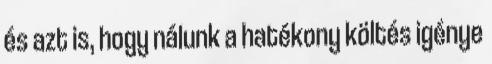
és azt is, hogy nálunk a hatékony költés igénye